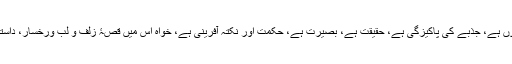
اگر شعر میں حسن ہے، دلکشی ہے، لطافت ہے، تازگی ہے، تاثیر ہے، زندگی ہے، سوزدروں ہے، جذبے کی پاکیزگی ہے، حقیقت ہے، بصیرت ہے، حکمت اور نکتہ آفرینی ہے، خواہ اس میں قصۂ زلف و لب ورخسار، داستان دل بیمار اور حکایت حسن یار طرح دار ہو یا نہ ہو اسے سچا اور اچھا شعر کہا جائے گا۔